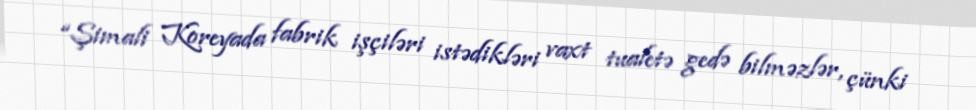
“Şimali Koreyada fabrik işçiləri istədikləri vaxt tualetə gedə bilməzlər, çünki